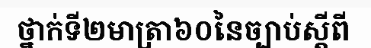
ថ្នាក់ទី២មាត្រា៦០នៃច្បាប់ស្តីពី